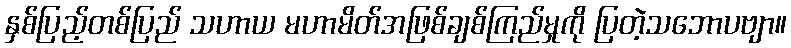
နှစ်ပြည့်တစ်ပြည် သဟာယ မဟာမိတ်အဖြစ်ချစ်ကြည်မှုကို ပြတဲ့သဘောပဗျာ။